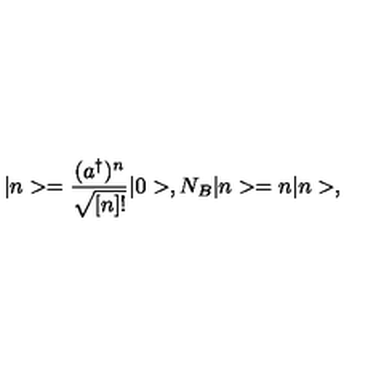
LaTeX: | n > = \frac { ( a ^ { \dagger } ) ^ { n } } { \sqrt { [ n ] ! } } | 0 > , N _ { B } | n > = n | n > ,